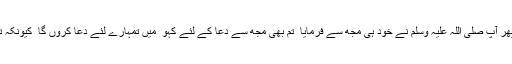
شرم کی وجہ سے میں اُٹھ نہ سکا ٗ لیکن پھر آپ صلی اللہ علیہ وسلم نے خود ہی مجھ سے فرمایا ٗ تم بھی مجھ سے دُعا کے لئے کہو ٗ میں تمہارے لئے دُعا کروں گا ٗ کیونکہ تم میرے کسی صحابی کو بُرا نہیں کہتے۔